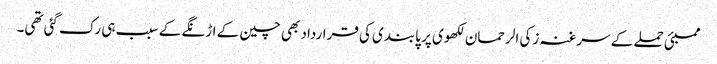
ممبئی حملے کے سرغنہ زکی الرحمان لکھوی پر پابندی کی قرارداد بھی چین کے اڑنگے کے سبب ہی رک گئی تھی۔